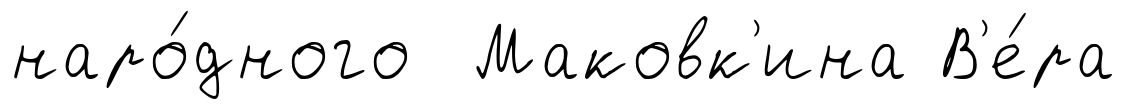
наро́дного Маковк'ина В'е́ра